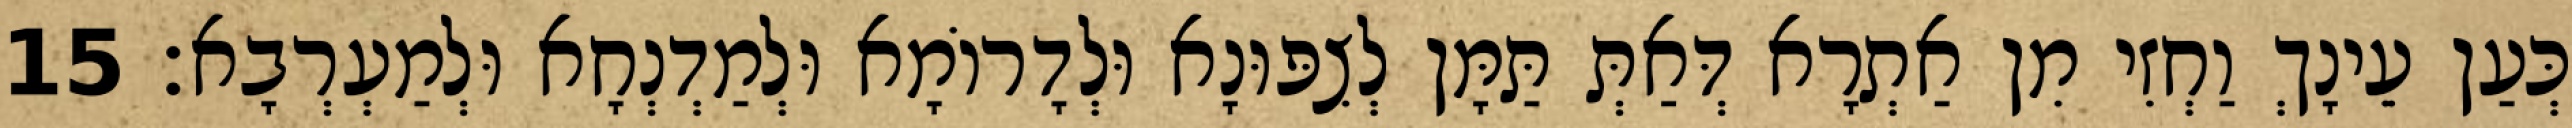
כְּעַן עֵינָךְ וַחְזִי מִן אַתְרָא דְּאַתְּ תַּמָּן לְצִפּוּנָא וּלְדָרוֹמָא וּלְמַדְנְחָא וּלְמַעְרְבָא׃ 15